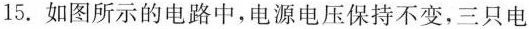
15.如图所示的电路中，电源电压保持不变，三只电